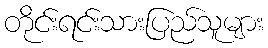
တိုင်းရင်းသားပြည်သူများ